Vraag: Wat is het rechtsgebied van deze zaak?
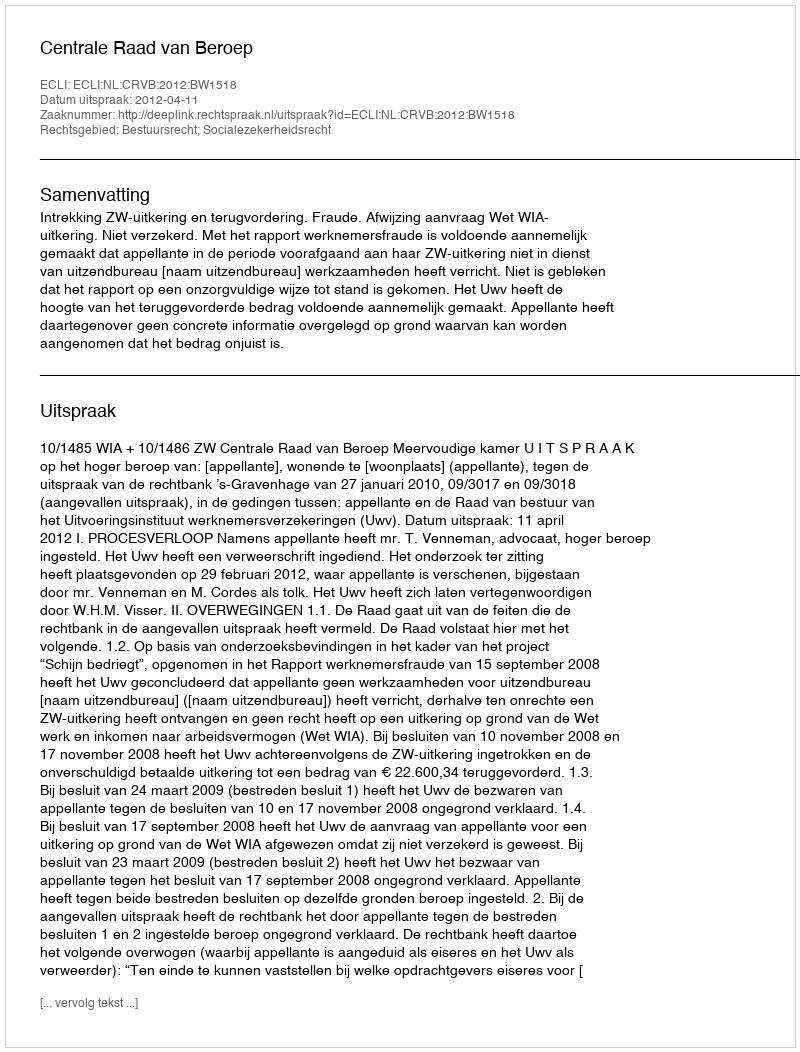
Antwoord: Bestuursrecht; Socialezekerheidsrecht